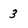
Character: 3